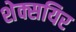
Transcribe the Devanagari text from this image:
शेक्सयिर